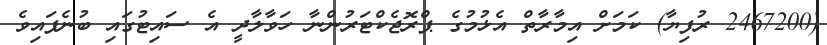
(2467200 ރުފިޔާ) ކަމަށް އިމާރާތް އެޅުމުގެ ޕްރޮޖެކްޓަރުންނާ ހަވާލާދީ އެ ސައިޓުގައި ބުނެފައިވެ